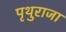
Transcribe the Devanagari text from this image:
पृथुराजा